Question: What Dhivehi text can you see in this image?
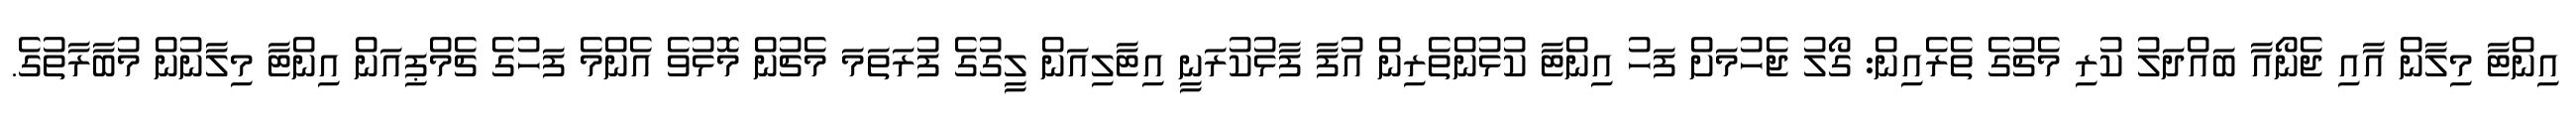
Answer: އިންޓާ މިލާން އާއި ޖެނޯއާ ބައްދަލު ކުރި މެޗުގެ ތެރެއިން: ގޯލު ޖެހުމަށް ފަހު އިންޓާ ކުޅުންތެރިން އުފާ ފާޅުކުރަނީ އިޓާލިއަން ލީގުގެ ފުރަތަމަ މެޗުން މޮޅުވެ އެންމެ ފަހުގެ ޗެމްޕިއަން އިންޓާ މިލާނުން މުބާރާތުގެ.